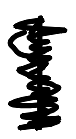
Text: 1
Cross-out: scratch
Writing tool: digital_black